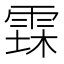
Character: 𮦐